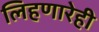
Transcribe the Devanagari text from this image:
लिहणारेही